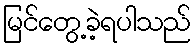
မြင်တွေ့ခဲ့ရပါသည်